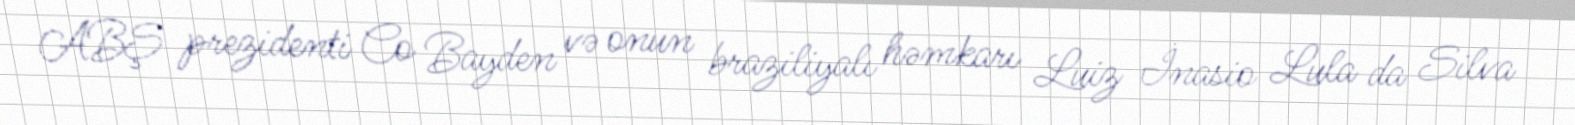
ABŞ prezidenti Co Bayden və onun braziliyalı həmkarı Luiz İnasio Lula da Silva